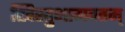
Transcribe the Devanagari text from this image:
खिस्तुभागवतम्